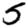
Digit: 5